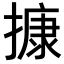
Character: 𢳧